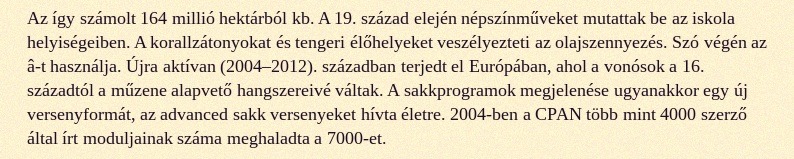
Az így számolt 164 millió hektárból kb. A 19. század elején népszínműveket mutattak be az iskola helyiségeiben. A korallzátonyokat és tengeri élőhelyeket veszélyezteti az olajszennyezés. Szó végén az â-t használja. Újra aktívan (2004–2012). században terjedt el Európában, ahol a vonósok a 16. századtól a műzene alapvető hangszereivé váltak. A sakkprogramok megjelenése ugyanakkor egy új versenyformát, az advanced sakk versenyeket hívta életre. 2004-ben a CPAN több mint 4000 szerző által írt moduljainak száma meghaladta a 7000-et.